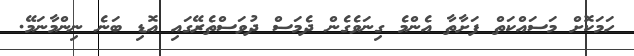
ހަމަކޮށް މަސައްކަތް ފަށާތާ އެންމެ ގިނަވެގެން ދެމަސް ދުވަސްތެރޭގައި އޮޑި ބަނެ ނިންމާނަމޭ.